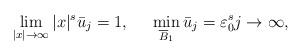
LaTeX: \begin{align*}\lim_{|x|\rightarrow\infty}|x|^{s}\bar{u}_{j}=1,\quad\;\,\min_{\overline{B}_{1}}\bar{u}_{j}=\varepsilon_{0}^{s}j\rightarrow\infty,\quad\end{align*}